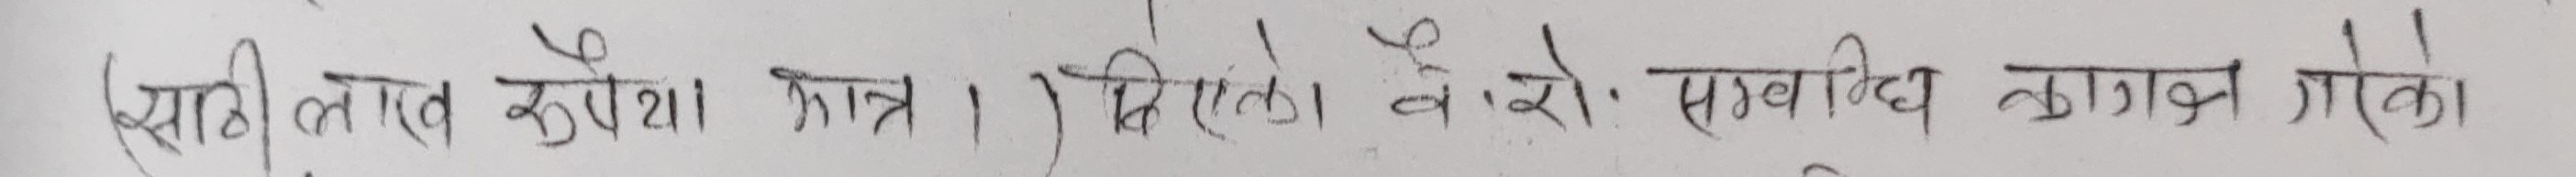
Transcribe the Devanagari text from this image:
(साझी लागत रुपैया मात्र ।) लि.ले.को रो. सम्बन्धि कागज गरेको